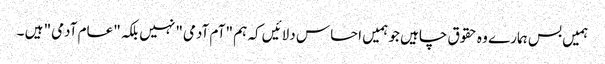
ہمیں بس ہمارے وہ حقوق چاہیں جو ہمیں احساس دلائیں کہ ہم "آم آدمی" نہیں بلکہ "عام آدمی" ہیں ۔